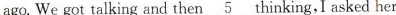
ago.We got talking and then__5thinking,I asked her